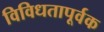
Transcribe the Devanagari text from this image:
विविधतापूर्वक